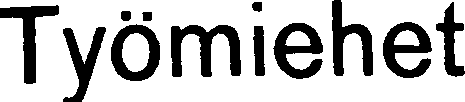
Työmiehet